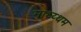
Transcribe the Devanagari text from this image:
माध्य्थम